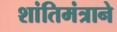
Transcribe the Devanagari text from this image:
शांतिमंत्राने